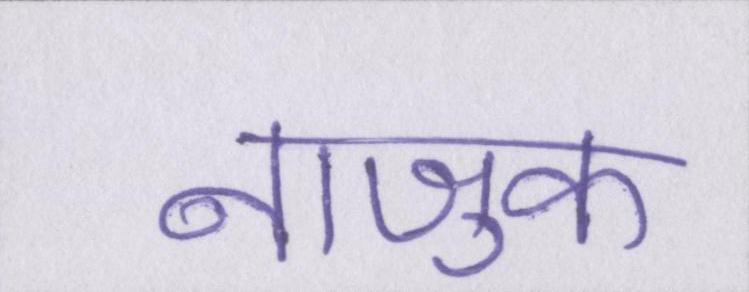
नाजुक